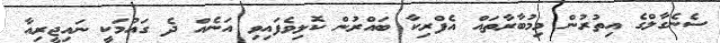
ސެނެގާލްގެ އިތުރުން މިމުބާރާތައް އެފްރިކާ ބައްރުން ކޮލިވެފައިވި އަނެއް ދެ ގައުމަކީ ނައިޖީރިއާ